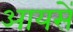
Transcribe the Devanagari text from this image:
आयसें